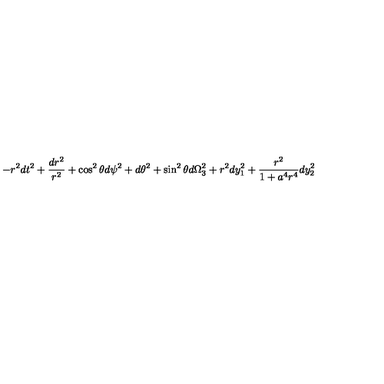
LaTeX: - r ^ { 2 } d t ^ { 2 } + { \frac { d r ^ { 2 } } { r ^ { 2 } } } + \cos ^ { 2 } \theta d \psi ^ { 2 } + d \theta ^ { 2 } + \sin ^ { 2 } \theta d \Omega _ { 3 } ^ { 2 } + r ^ { 2 } d y _ { 1 } ^ { 2 } + { \frac { r ^ { 2 } } { 1 + a ^ { 4 } r ^ { 4 } } } d y _ { 2 } ^ { 2 }